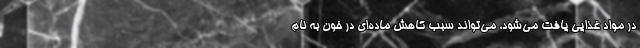
در مواد غذایی یافت می‌شود، می‌تواند سبب کاهش ماده‌ای در خون به نام